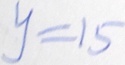
y = 1 5